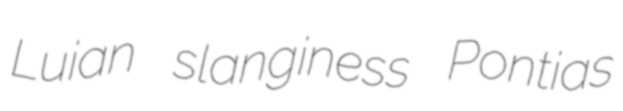
Luian slanginess Pontias